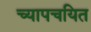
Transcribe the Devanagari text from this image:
च्यापचयित